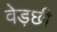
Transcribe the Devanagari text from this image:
वेड़छी